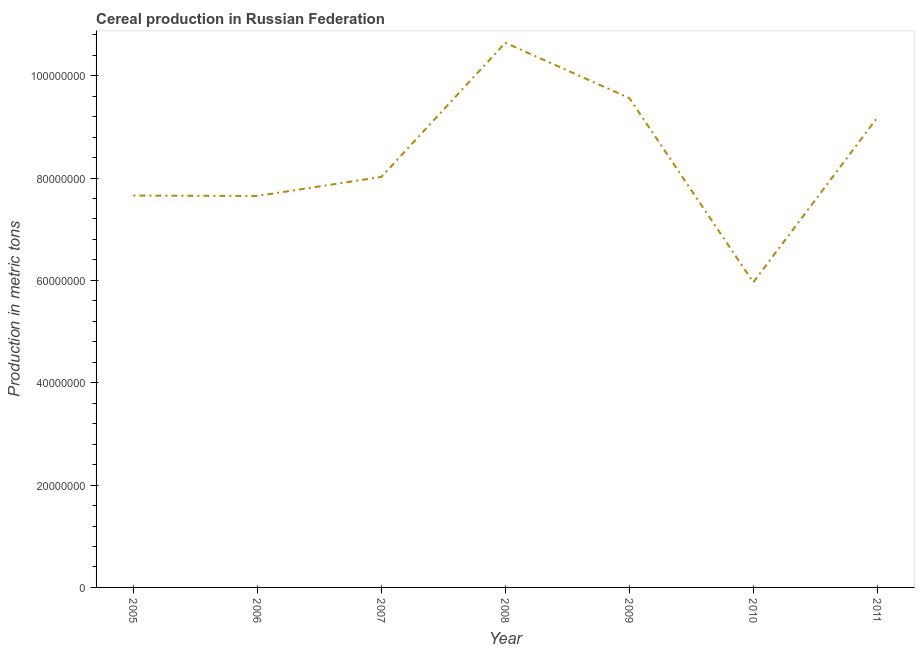
| Year | Cereal production |
 | --- | --- |
 | 2005 | 7.66e+07 |
 | 2006 | 7.65e+07 |
 | 2007 | 8.02e+07 |
 | 2008 | 1.06e+08 |
 | 2009 | 9.56e+07 |
 | 2010 | 5.96e+07 |
 | 2011 | 9.18e+07 |